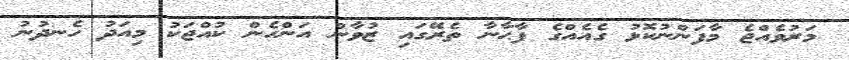
މަރުވެއްޖެ މާފަންނުކޮޅު ގެއެއްގެ ފާޙާނާ ތެރޭގައި ޒުވާން އަންހެން ކުއްޖަކު މިއަދު ހެނދުނު